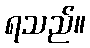
ရသည်။